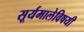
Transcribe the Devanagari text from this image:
सूर्यमालेविषयी